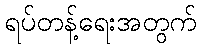
ရပ်တန့်ရေးအတွက်